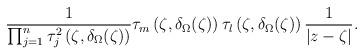
LaTeX: \begin{align*}\frac{1}{\prod_{j=1}^{n}\tau_{j}^{2}\left(\zeta,\delta_{\Omega}(\zeta)\right)}\tau_{m}\left(\zeta,\delta_{\Omega}(\zeta)\right)\tau_{l}\left(\zeta,\delta_{\Omega}(\zeta)\right)\frac{1}{\left|z-\zeta\right|}.\end{align*}